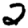
Digit: 2